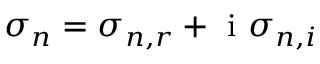
\sigma _ { n } = \sigma _ { n , r } + \mathrm { ~ i ~ } \sigma _ { n , i }